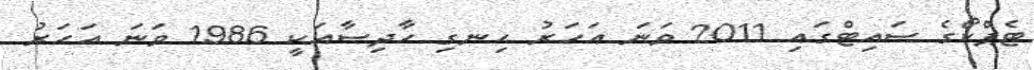
ޓެޕްކޯގެ ސައިޓްގައި 2011 ވަނަ އަހަރު ހިނގި ހާދިސާއަކީ 1986 ވަނަ އަހަރު